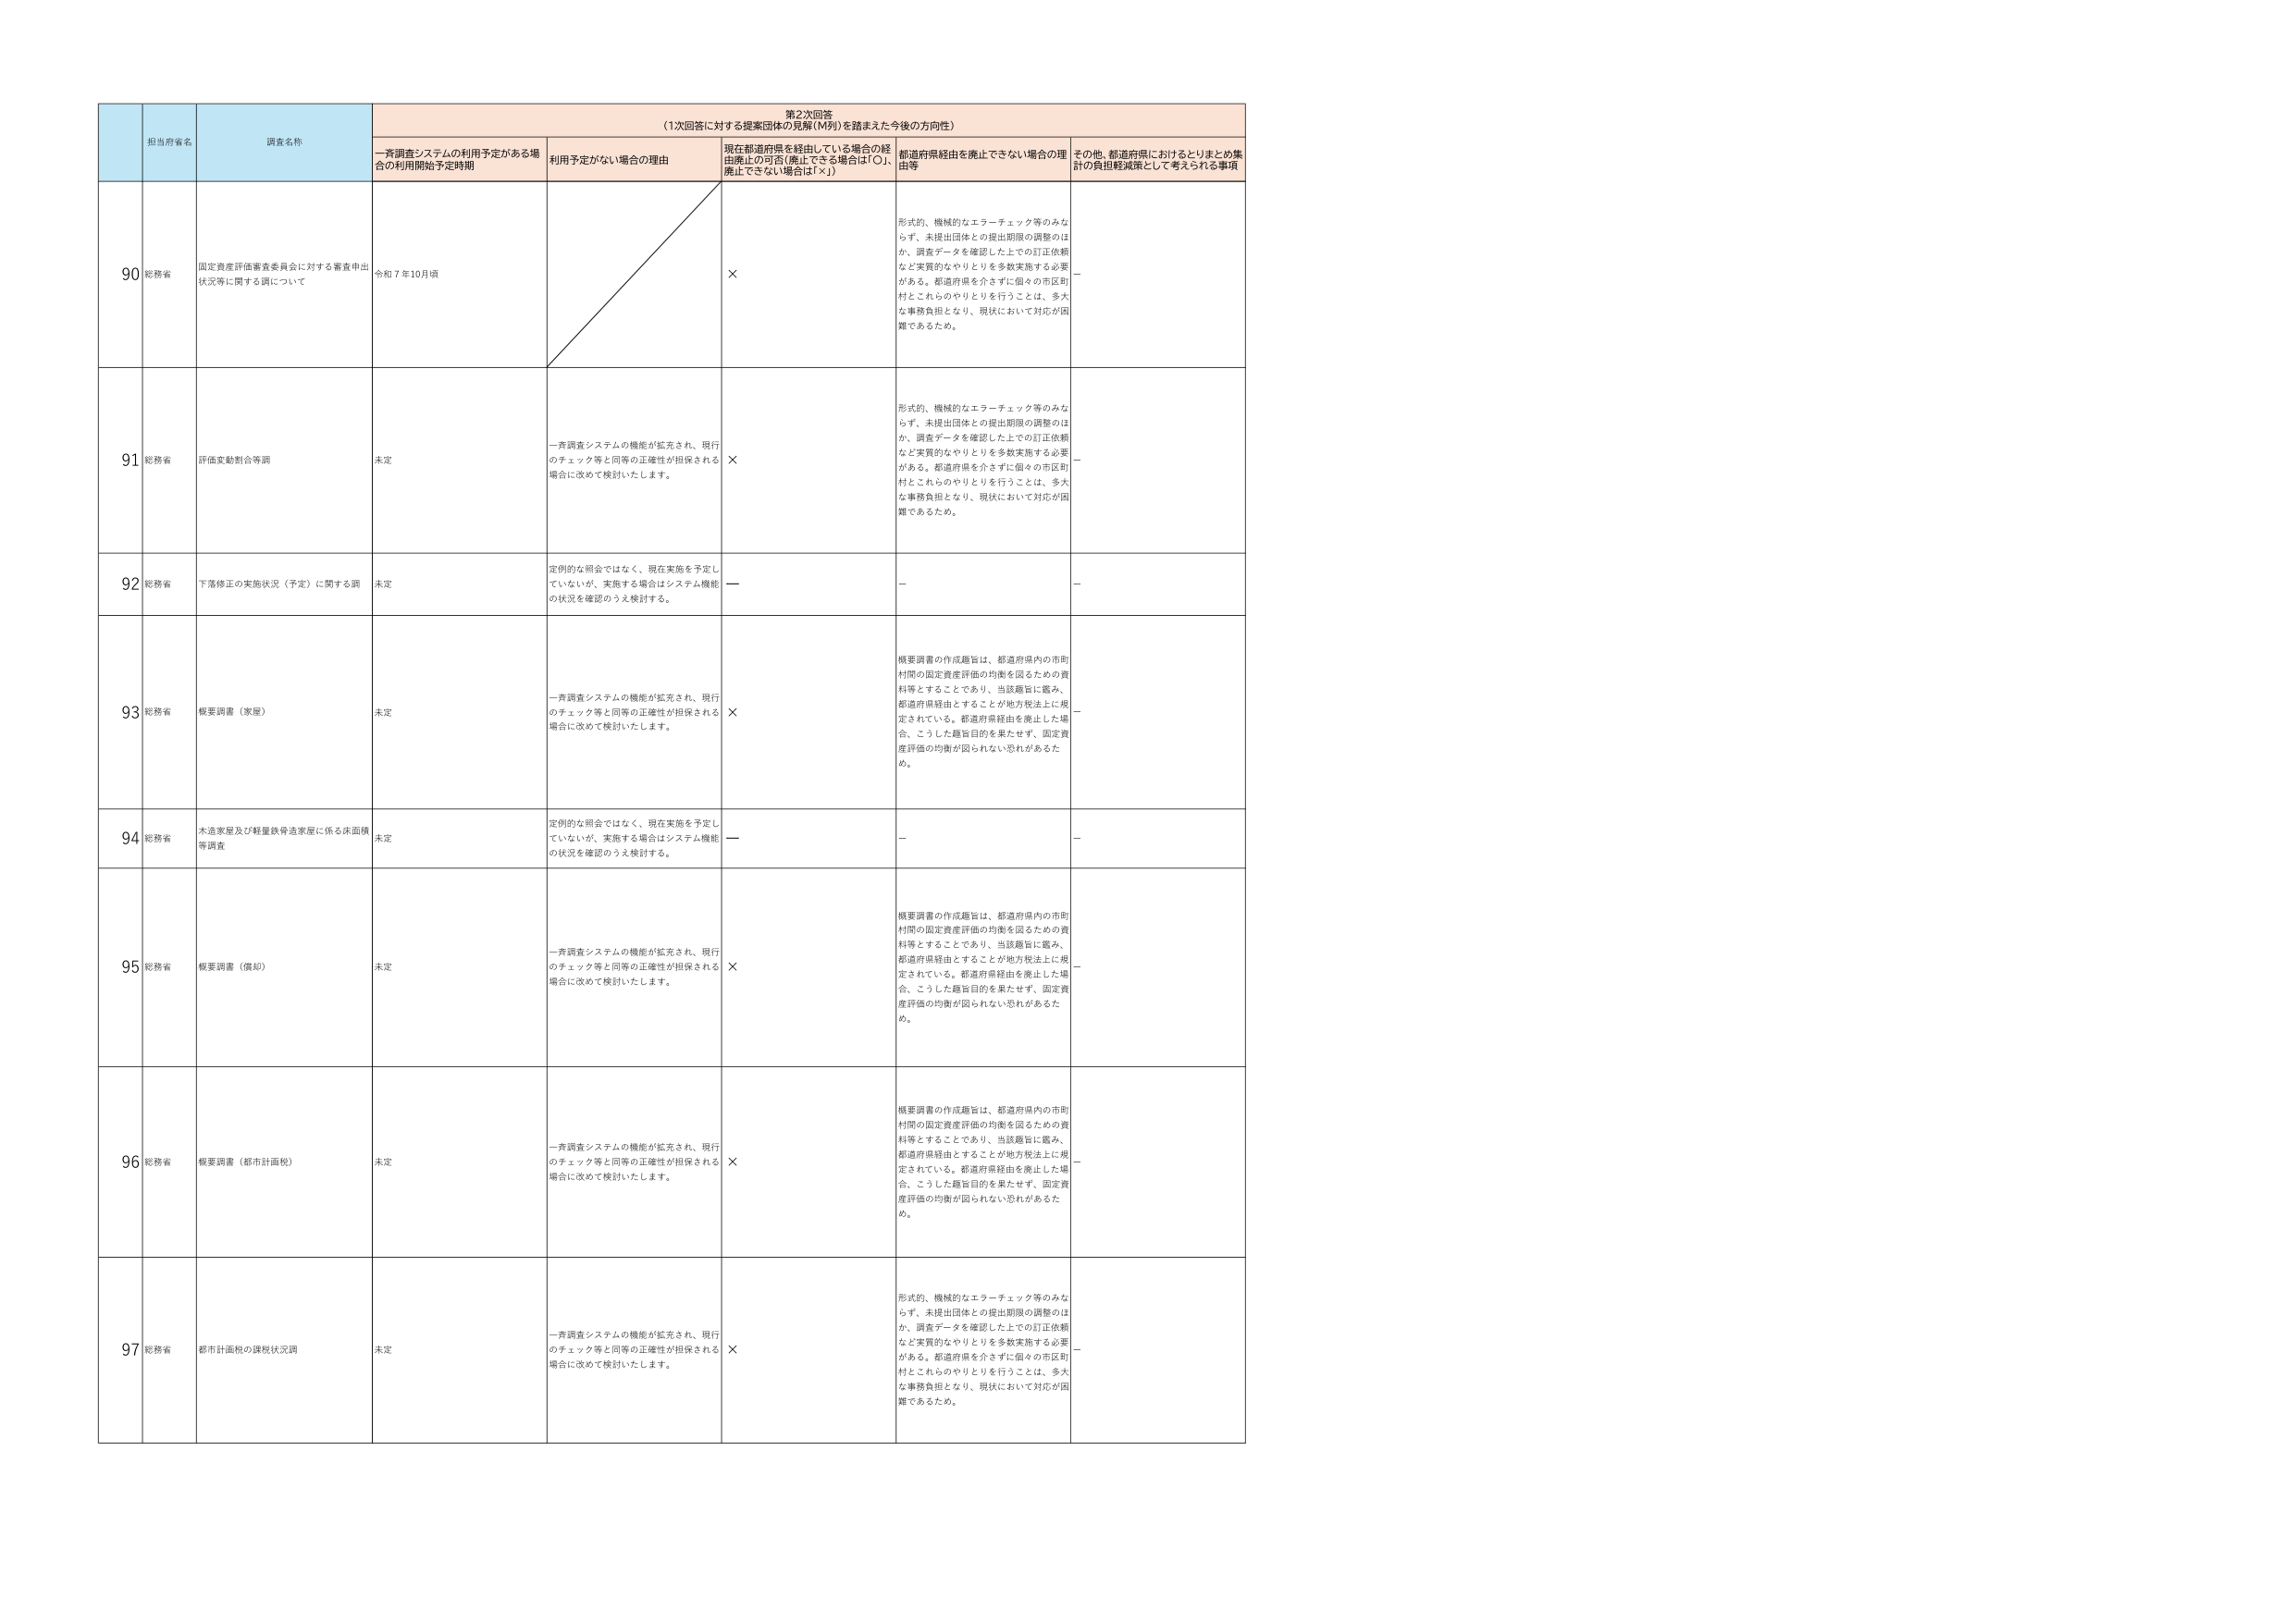
第2次回答
（1次回答に対する提案団体の見解（M列）を踏まえた今後の方向性）

担当府省名
調査名称
一斉調査システムの利用予定がある場合の利用開始予定時期
利用予定がない場合の理由
現在都道府県を経由している場合の経由廃止の可否（廃止できる場合は「○」、廃止できない場合は「×」）
都道府県経由を廃止できない場合の理由等
その他、都道府県におけるとりまとめ集計の負担軽減策として考えられる事項

90
総務省
固定資産評価審査委員会に対する審査申出状況等に関する調について
令和7年10月頃
×
形式的、機械的なエラーチェック等のみならず、未提出団体との提出期限の調整のほか、調査データを確認した上での訂正依頼など実質的なやりとりを多数実施する必要がある。都道府県を介さずに個々の市区町村とこれらのやりとりを行うことは、多大な事務負担となり、現状において対応が困難であるため。
－

91
総務省
評価変動割合等調
未定
一斉調査システムの機能が拡充され、現行のチェック等と同等の正確性が担保される場合に改めて検討いたします。
×
形式的、機械的なエラーチェック等のみならず、未提出団体との提出期限の調整のほか、調査データを確認した上での訂正依頼など実質的なやりとりを多数実施する必要がある。都道府県を介さずに個々の市区町村とこれらのやりとりを行うことは、多大な事務負担となり、現状において対応が困難であるため。
－

92
総務省
下落修正の実施状況（予定）に関する調
未定
定例的な照会ではなく、現在実施を予定していないが、実施する場合はシステム機能の状況を確認のうえ検討する。
－
－
－

93
総務省
概要調査（家屋）
未定
一斉調査システムの機能が拡充され、現行のチェック等と同等の正確性が担保される場合に改めて検討いたします。
×
概要調査の作成趣旨は、都道府県内の市町村間の固定資産評価の均衡を図るための資料等とすることであり、当該趣旨に鑑み、都道府県経由とすることが地方税法上に規定されている。都道府県経由を廃止した場合、こうした趣旨目的を果たせず、固定資産評価の均衡が図られない恐れがあるため。
－

94
総務省
木造家屋及び軽量鉄骨造家屋に係る床面積等調査
未定
定例的な照会ではなく、現在実施を予定していないが、実施する場合はシステム機能の状況を確認のうえ検討する。
－
－
－

95
総務省
概要調査（償却）
未定
一斉調査システムの機能が拡充され、現行のチェック等と同等の正確性が担保される場合に改めて検討いたします。
×
概要調査の作成趣旨は、都道府県内の市町村間の固定資産評価の均衡を図るための資料等とすることであり、当該趣旨に鑑み、都道府県経由とすることが地方税法上に規定されている。都道府県経由を廃止した場合、こうした趣旨目的を果たせず、固定資産評価の均衡が図られない恐れがあるため。
－

96
総務省
概要調査（都市計画税）
未定
一斉調査システムの機能が拡充され、現行のチェック等と同等の正確性が担保される場合に改めて検討いたします。
×
概要調査の作成趣旨は、都道府県内の市町村間の固定資産評価の均衡を図るための資料等とすることであり、当該趣旨に鑑み、都道府県経由とすることが地方税法上に規定されている。都道府県経由を廃止した場合、こうした趣旨目的を果たせず、固定資産評価の均衡が図られない恐れがあるため。
－

97
総務省
都市計画税の課税状況調
未定
一斉調査システムの機能が拡充され、現行のチェック等と同等の正確性が担保される場合に改めて検討いたします。
×
形式的、機械的なエラーチェック等のみならず、未提出団体との提出期限の調整のほか、調査データを確認した上での訂正依頼など実質的なやりとりを多数実施する必要がある。都道府県を介さずに個々の市区町村とこれらのやりとりを行うことは、多大な事務負担となり、現状において対応が困難であるため。
－